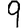
Digit: 9